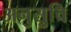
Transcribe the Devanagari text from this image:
अनुसुचि